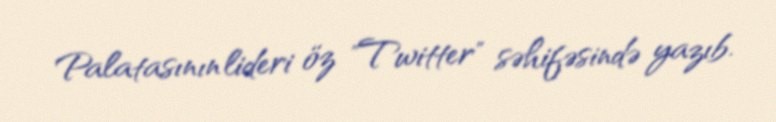
Palatasının lideri öz "Twitter" səhifəsində yazıb.